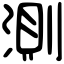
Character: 測